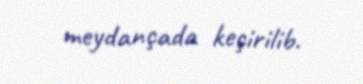
meydançada keçirilib.